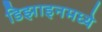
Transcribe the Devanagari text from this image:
डिझाइनमध्ये